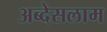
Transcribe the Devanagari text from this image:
अब्देसलाम